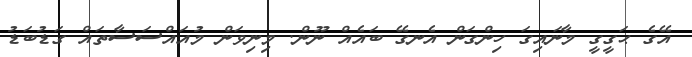
އޭގެ ޙަގީގީ މާނައިގަ ހިންގަން އެނގޭ ބައެއް ނޫން. މިނިވަން މުއައްސަސާތައް ގަޑުބަޑު